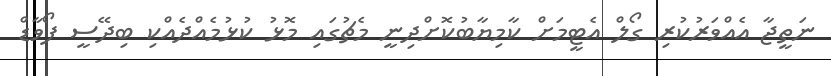
ނަތީޖާ އެއްވަރުކުރި ގޯލް އެޓީމަށް ކާމިޔާބުކޮށްދިނީ މެޗުގައި މޮޅު ކުޅުމެއްދެއްކި ބިދޭސީ ފޯވާޑް